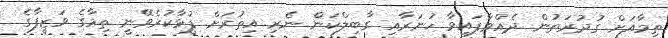
ތިމާއަށް ގުދުރަތުން ދެއްވާފައިވާ ހުނަރާއިި ގާބިލްކަން ނެރި އިތުރަށް ފުޅާކުރެވޭނީ ތިމާގެ ވަޒީފާގެ